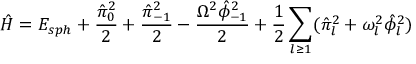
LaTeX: \hat { \cal H } = E _ { s p h } + { \frac { \hat { \pi } _ { 0 } ^ { 2 } } { 2 } } + { \frac { \hat { \pi } _ { - 1 } ^ { 2 } } { 2 } } - { \frac { \Omega ^ { 2 } \hat { \phi } _ { - 1 } ^ { 2 } } { 2 } } + { \frac { 1 } { 2 } } \sum _ { l \ge 1 } ( \hat { \pi } _ { l } ^ { 2 } + \omega _ { l } ^ { 2 } \hat { \phi } _ { l } ^ { 2 } )